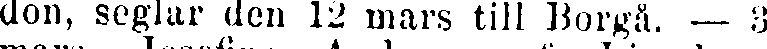
don, seglar den 12 mars till Borgå. — 3